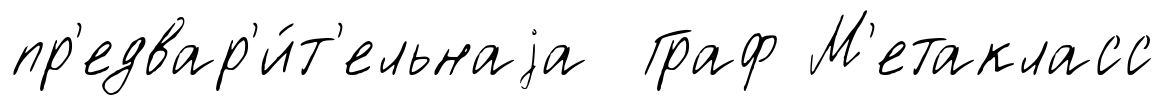
пр'едвар'и́т'ельнаjа Граф М'етакласс